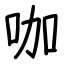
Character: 咖